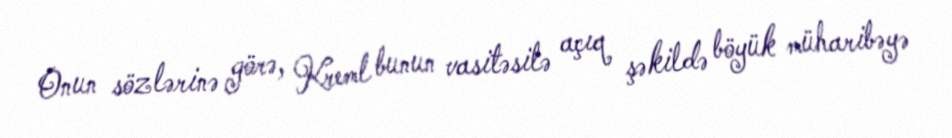
Onun sözlərinə görə, Kreml bunun vasitəsilə açıq şəkildə böyük müharibəyə